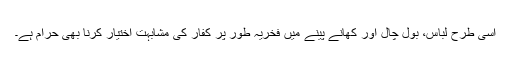
اسی طرح لباس، بول چال اور کھانے پینے میں فخریہ طور پر کفار کی مشابہت اختیار کرنا بھی حرام ہے۔